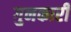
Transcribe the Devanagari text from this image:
गुनकारी